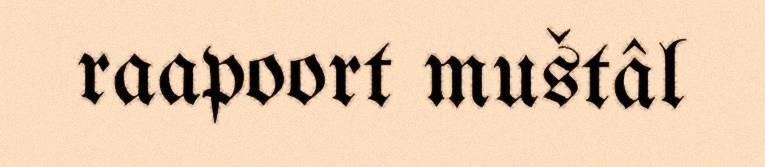
raapoort muštâl